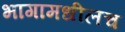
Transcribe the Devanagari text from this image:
भागामधीलच